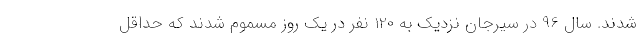
شدند. سال 96 در سیرجان نزدیک به 120 نفر در یک روز مسموم شدند که حداقل